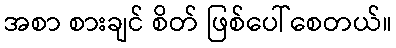
အစာ စားချင် စိတ် ဖြစ်ပေါ်စေတယ်။